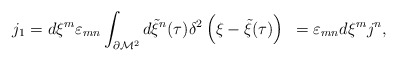
\begin{align*}j_1 = d\xi^{m} \varepsilon_{mn} \int_{\partial {\cal M}^{2}}d{\tilde \xi}^{n} (\tau )\delta^{2} \left( \xi - {\tilde \xi} (\tau )\right)~=\varepsilon_{mn} d\xi^{m} j^{n}, \qquad\end{align*}